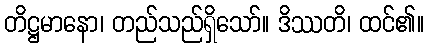
တိဋ္ဌမာနော၊ တည်သည်ရှိသော်။ ဒိဿတိ၊ ထင်၏။